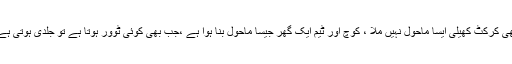
انہوں نے کہا کہ تھوڑی بہت جہاں بھی کرکٹ کھیلی ایسا ماحول نہیں ملا ، کوچ اور ٹیم ایک گھر جیسا ماحول بنا ہوا ہے ،جب بھی کوئی ٹوور ہوتا ہے تو جلدی ہوتی ہے ہم کب اپنے دوستوں سے ملیں گے ۔